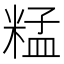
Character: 𥺬